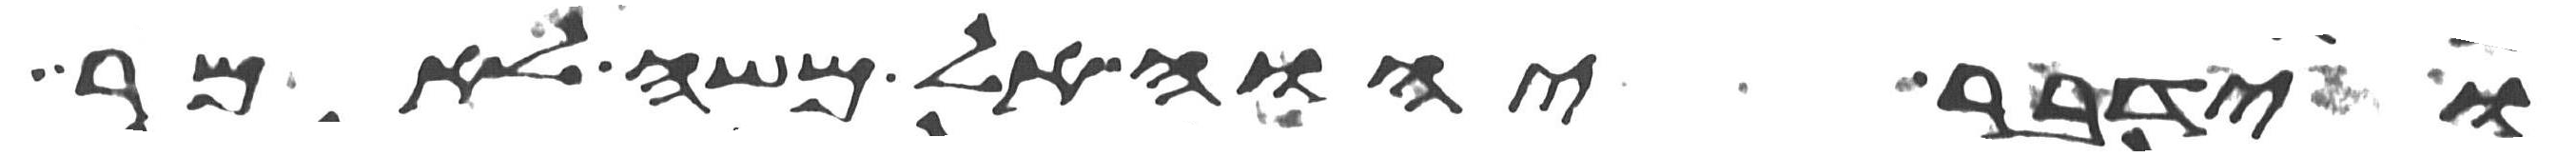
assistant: וידבר יהוה אל משה לאמר